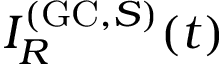
I _ { R } ^ { ( \mathrm { G C } , S ) } ( t )